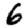
Digit: 6